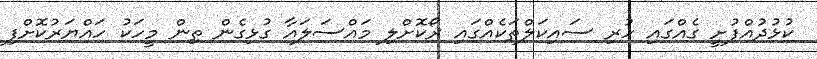
ކުޅުދުއްފުށީ ގެއްގައި ހުރި ސައިކަލްތަކެއްގައި ރޯކޮށްލި މައްސަލައާ ގުޅިގެން ތިން މީހަކު ހައްޔަރުކޮށްފި